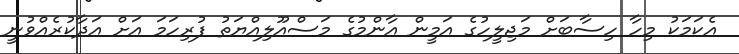
އެކަމަކު މިހާ ހިސާބަށް މަޖިލީހުގެ އަމީން އާންމުގެ މަސްއޫލިއްޔަތު ފުރިހަމަ އަށް އަދާކުރެއްވުނީ